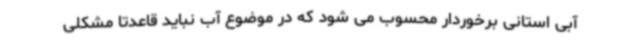
آبی استانی برخوردار محسوب می شود که در موضوع آب نباید قاعدتاً مشکلی